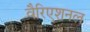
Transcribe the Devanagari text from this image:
वैरिएशनल